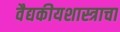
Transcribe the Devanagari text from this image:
वैद्यकीयशास्त्राचा